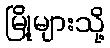
မြို့များသို့